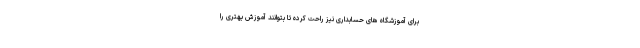
برای آموزشگاه های حسابداری نیز راحت کرده تا بتوانند آموزش بهتری را